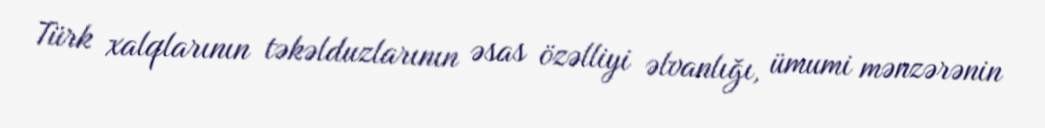
Türk xalqlarının təkəlduzlarının əsas özəlliyi əlvanlığı, ümumi mənzərənin